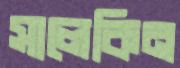
সালেকিন